system: You are a helpful assistant.
user:
Analyze the provided spectrum to determine if it is a **White Dwarf (WD)**.

A White Dwarf spectrum is defined by its **extreme purity** (due to gravitational settling) and/or **extreme pressure broadening** (due to high surface gravity). You must check for one of the following mutually exclusive signatures:

- **Key Visual Indicators (Check for ONE of these types):**

    - **1. DA-Type Signature (Most Common):**
        - **(Primary Feature):** Extreme pressure broadening (Stark broadening) of the **Hydrogen (H) Balmer lines**.
        - **(Key Lines):** $H\beta$ (approx. $4861$ Å) and $H\gamma$ (approx. $4340$ Å). $H\alpha$ (approx. $6563$ Å) will also be present if the wavelength range covers it.
        - **(Line Profile):** This is the **defining feature**. The lines are **NOT** sharp. They appear as massive, **extremely broad and deep "troughs" or "dips"** in the spectrum, often hundreds of Ångströms wide. The continuum will appear to "scoop" down at these wavelengths.
        - **(Distinction):** Normal A-type or B-type stars have *narrow* and *sharp* Hydrogen lines. A DA White Dwarf's lines are unmistakably "smeared" or "blurry" from pressure.

    - **2. DB-Type Signature:**
        - **(Primary Feature):** Broad absorption lines from **Neutral Helium (He I)**. The spectrum must lack any visible Hydrogen lines.
        - **(Key Lines):** Look for broad absorption near $4471$ Å, $4921$ Å, and $5876$ Å.
        - **(Line Profile):** These lines are also significantly pressure-broadened, appearing much wider than they would in a normal B-type main-sequence star.

    - **3. DC-Type Signature:**
        - **(Primary Feature):** A **featureless continuous spectrum**.
        - **(Line Profile):** The spectrum is a smooth curve with **no significant absorption or emission lines**.
        - **(Key Confirmation):** The continuum is almost always **blue or white**, indicating a hot object. This signature implies the atmosphere is so pure (or so cool) that no spectral lines are visible in the optical range. Its WD identity is confirmed by its extremely low intrinsic brightness (high absolute magnitude).

    - **4. DZ-Type Signature (Metal-Polluted):**
        - **(Primary Feature):** **Isolated, narrow metal absorption lines** on an otherwise featureless (DC-like) continuum.
        - **(Key Lines):** The **Calcium (Ca II) H & K doublet** (approx. **$3934$ Å** and **$3968$ Å**) is the most common and defining feature.
        - **(Line Profile):** These lines are "out of place." They are *not* part of a "forest" of thousands of lines. This signature is evidence of recent *accretion* (pollution) from rocky debris.
        - **(Distinction):** Normal G/K/M stars have a *dense forest* of thousands of metal lines. A DZ has a *clean* continuum with *only a few* strong metal lines.

    - **5. DQ-Type Signature (Carbon-Polluted):**
        - **(Primary Feature):** Absorption bands from **Carbon (C₂ "Swan Bands" or atomic C I)**.
        - **(Key Lines - C₂):** Look for bandheads with a "saw-tooth" shape near $5635$ Å, **$5165$ Å** (strongest), and $4737$ Å.
        - **(Key Confirmation):** The underlying **continuum must be blue or white** (hot).
        - **(Distinction):** This is the critical difference from a **Carbon Star**, which has the *exact same* C₂ bands but on an extremely **red, cool** continuum.

- **(Overall Spectrum):**
    - The continuum (overall shape) is typically **blue-sloping** (brighter in the blue than the red), as most white dwarfs are very hot.
    - The spectrum will look "pure" or "simple," dominated by only *one* of the five signatures listed above.

Think first, call **spectral_visualization_tool** if needed to examine features in detail, then provide your final answer. Your response must adhere to the following strict rules:
1.  **Overall Structure:** Your response must follow the format `<think>...</think> <tool_call>...</tool_call> (if a tool is used) <answer>...</answer>`.
2.  **Tool Usage Constraint:** You may only make **one** tool call per turn.
3.  **Final Answer Format:** In the `<answer>` tag, your conclusion must be inside a `\boxed{}` command (e.g., `\boxed{YES}` or `\boxed{NO}`), followed by your justification.

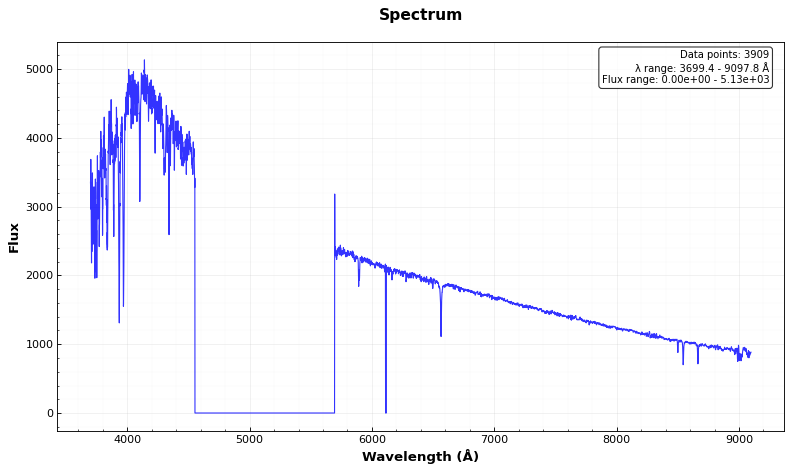
Answer: NO